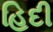
હિદી